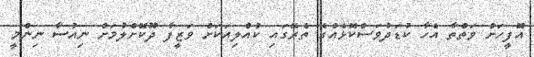
އޮފީހަށް ވަތްތާ އެހާ ކުޑަދުވަސްކޮޅެއްގެ ތެރޭގައި ކުއްލިއަކަށް ވަޒީފާ ދޫކޮށްލުމަށް ނިއުސާ ނިންމީ